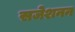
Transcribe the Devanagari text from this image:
सजेशनन